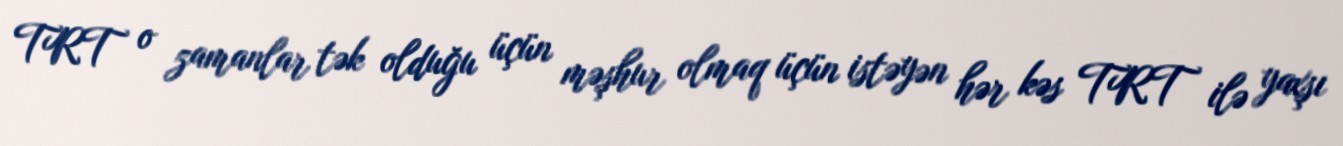
TRT o zamanlar tək olduğu üçün məşhur olmaq üçün istəyən hər kəs TRT ilə yaxşı